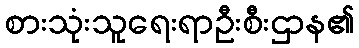
စားသုံးသူရေးရာဦးစီးဌာန၏